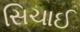
સિચાઈ